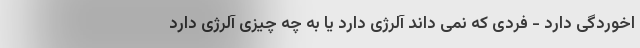
اخوردگی دارد - فردی که نمی داند آلرژی دارد یا به چه چیزی آلرژی دارد